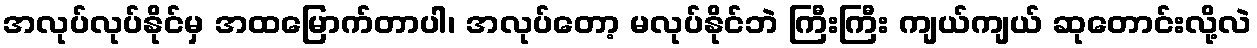
အလုပ်လုပ်နိုင်မှ အထမြောက်တာပါ၊ အလုပ်တော့ မလုပ်နိုင်ဘဲ ကြီးကြီး ကျယ်ကျယ် ဆုတောင်းလို့လဲ